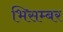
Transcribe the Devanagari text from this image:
भिसम्बर